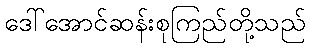
ဒေါ်အောင်ဆန်းစုကြည်တို့သည်